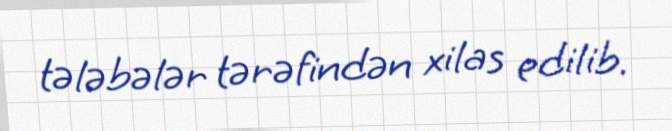
tələbələr tərəfindən xilas edilib.